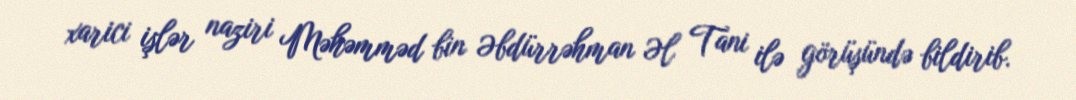
xarici işlər naziri Məhəmməd bin Əbdürrəhman Əl Tani ilə görüşündə bildirib.